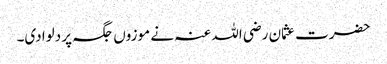
حضرت عثمان رضی اللہ عنہ نے موزوں جگہ پر دلوادی۔